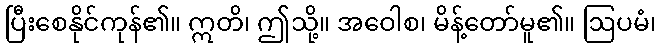
ပြီးစေနိုင်ကုန်၏။ ဣတိ၊ ဤသို့။ အဝေါစ၊ မိန့်တော်မူ၏။ ဩပမံ၊